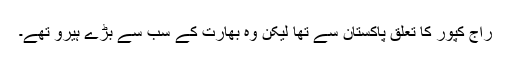
راج کپور کا تعلق پاکستان سے تھا لیکن وہ بھارت کے سب سے بڑے ہیرو تھے۔